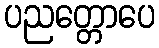
ပညတ္တောပေ